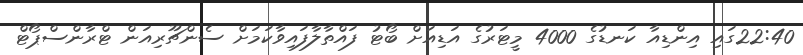
22:40ގައި އިންޑިއާ ކަނޑުގެ 4000 މީޓަރުގެ އަޑިއަށް ބޯޓު ފައްތާލާފައިވާކަމަށް ސެންޗޫރިއަން ޓްރާންސްޕޯޓް